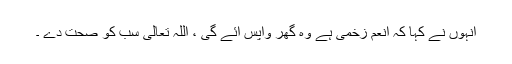
انہوں نے کہا کہ انعم زخمی ہے وہ گھر واپس آئے گی ، اللہ تعالیٰ سب کو صحت دے ۔